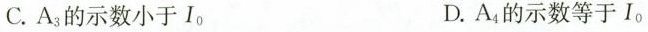
C. A_{3} 的示数小于I_{0} D. A_{4} 的示数等于I_{0}